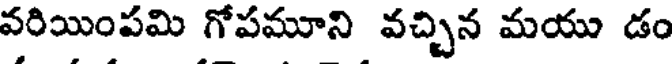
వరియింపమి గోపమూని వచ్చిన మయు డం